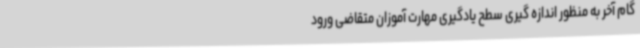
گام آخر به منظور اندازه گیری سطح یادگیری مهارت آموزان متقاضی ورود